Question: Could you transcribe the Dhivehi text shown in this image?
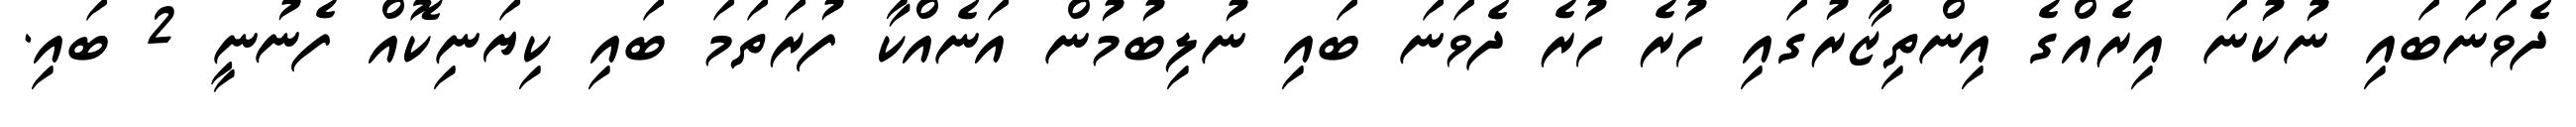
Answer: ދެވަނަބައި ނުކުނަ އިރެއްގެ އިންތިޒާރުގައި ހުރެ ހުރެ ދެވަނަ ބައި ނުލިބުމުން އަނެއްކާ ފުރަތަމަ ބައި ކިޔަނިކޮއް ފެނުނީ 2 ބައި.